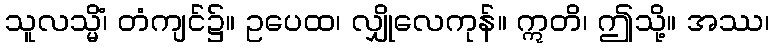
သူလသ္မိံ၊ တံကျင်၌။ ဥပေထ၊ လျှိုလေကုန်။ ဣတိ၊ ဤသို့။ အဿ၊